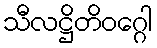
သီလဋ္ဌိတိဝဂ္ဂေါ